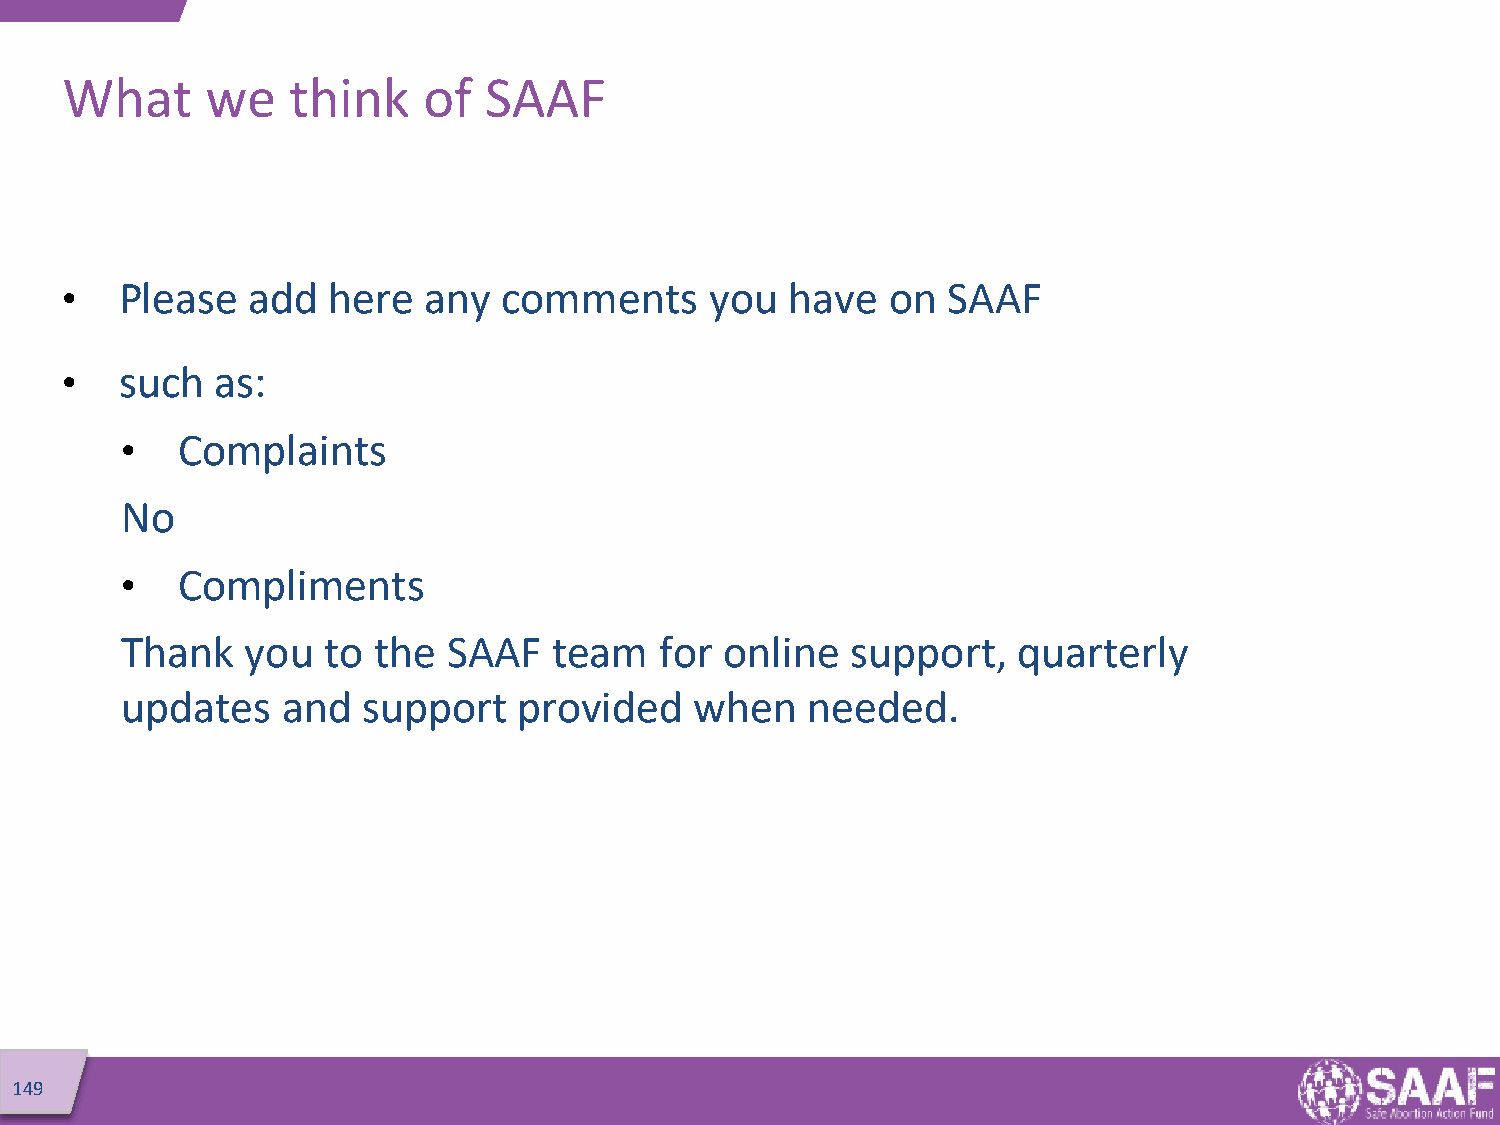
What      we   think    of  SAAF
 •   Please  add   here  any  comments      you  have   on  SAAF
 •   such  as:
 •   Complaints
 No
 •   Compliments
 Thank   you  to  the  SAAF   team   for online  support,   quarterly
 updates    and  support   provided    when   needed.
 149